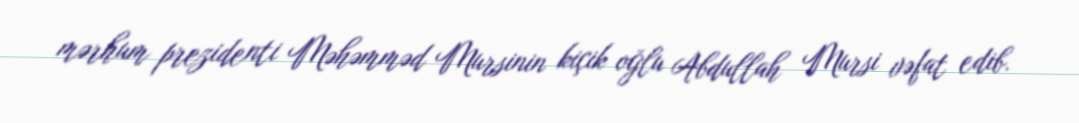
mərhum prezidenti Məhəmməd Mursinin kiçik oğlu Abdullah Mursi vəfat edib.